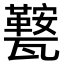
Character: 𭺧